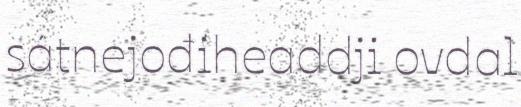
sátnejođiheaddji ovdal